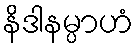
နိဒါနမ္ပာဟံ